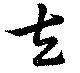
左